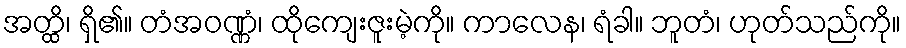
အတ္ထိ၊ ရှိ၏။ တံအဝဏ္ဏံ၊ ထိုကျေးဇူးမဲ့ကို။ ကာလေန၊ ရံခါ။ ဘူတံ၊ ဟုတ်သည်ကို။